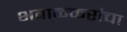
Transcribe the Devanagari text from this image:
भवाळकरांचा